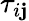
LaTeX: {{\tau}_{i\mathbf{j}}}